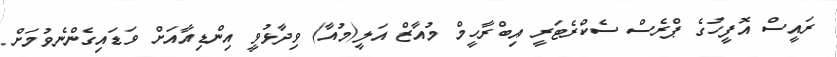
ރައީސް އޮފީހުގެ ޕްރެސް ސެކްރެޓަރީ އިބްރާހީމް މުއާޒް އަލީ(މުއާ) ވިދާޅުވީ އިންޑިއާއަށް ވަޑައިގެންނެވުމަށް